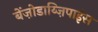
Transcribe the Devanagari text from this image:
बेंज़ोडाय्ज़िपाइंस